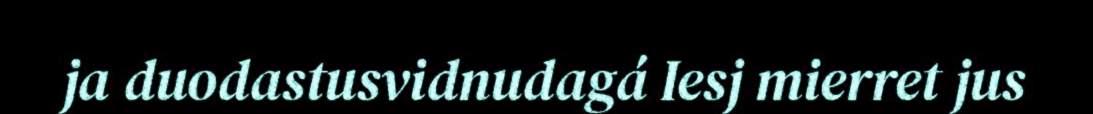
ja duodastusvidnudagá Iesj mierret jus